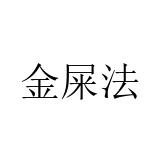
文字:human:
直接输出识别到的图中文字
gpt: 金屎法